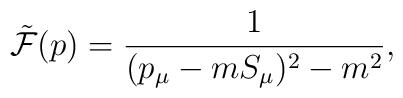
{\tilde{\cal F}}(p)=\frac{1}{(p_{\mu}-mS_{\mu})^2-m^2},